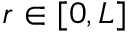
r \in [ 0 , L ]